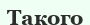
Такого